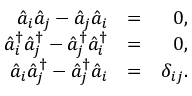
\begin{array} { r l r } { \hat { a } _ { i } \hat { a } _ { j } - \hat { a } _ { j } \hat { a } _ { i } } & { = } & { 0 , } \\ { \hat { a } _ { i } ^ { \dagger } \hat { a } _ { j } ^ { \dagger } - \hat { a } _ { j } ^ { \dagger } \hat { a } _ { i } ^ { \dagger } } & { = } & { 0 , } \\ { \hat { a } _ { i } \hat { a } _ { j } ^ { \dagger } - \hat { a } _ { j } ^ { \dagger } \hat { a } _ { i } } & { = } & { \delta _ { i j } . } \end{array}